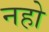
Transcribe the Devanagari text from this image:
नहो